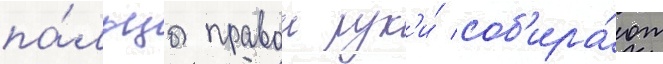
па́льцы правои рук'и́ соб'ира́ют